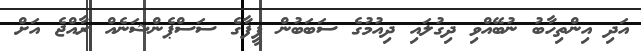
އަދި އިންތިހާބު ނުބޭއްވި ދިގުލައި ދިއުމުގެ ސަބަބުން ފީފާގެ ސަސްޕެންޝަނެއް ރާއްޖެ އަށް